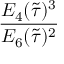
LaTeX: \frac { E _ { 4 } ( \tilde { \tau } ) ^ { 3 } } { E _ { 6 } ( \tilde { \tau } ) ^ { 2 } }